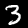
Digit: 3